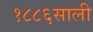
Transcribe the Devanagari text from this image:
१८८६साली